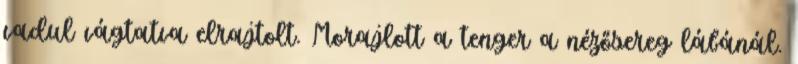
vadul vágtatva elrajtolt. Morajlott a tenger a nézősereg lábánál.